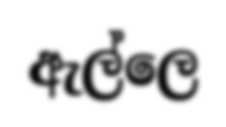
ඇල්ලෙ